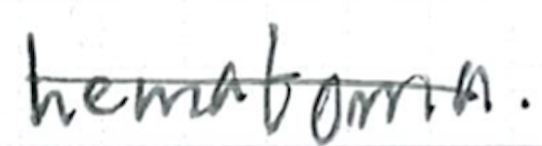
Text: hematoma.
Cross-out: single-line
Writing tool: ballpoint